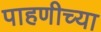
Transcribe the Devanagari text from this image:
पाहणीच्या